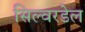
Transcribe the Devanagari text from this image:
सिल्वरडेल